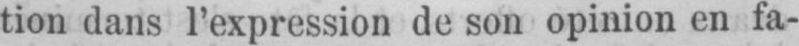
tion dans l’expression de son opinion en fa-